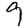
Digit: 9